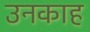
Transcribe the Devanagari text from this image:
उनकाह